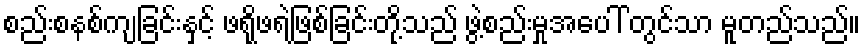
စည်းစနစ်ကျခြင်းနှင့် ဖရိုဖရဲဖြစ်ခြင်းတို့သည် ဖွဲ့စည်းမှုအပေါ် တွင်သာ မူတည်သည်။